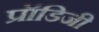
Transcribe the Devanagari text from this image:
प्रॉडिजी